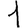
Digit: 1